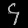
Digit: ၄